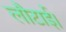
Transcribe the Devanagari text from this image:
लौटाई।